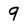
Character: 9